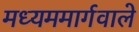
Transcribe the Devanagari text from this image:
मध्यममार्गवाले